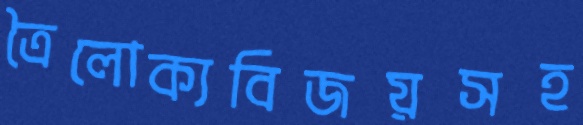
ত্রৈলোক্যবিজয়সহ